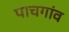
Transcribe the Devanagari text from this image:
पाचगांव